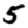
Digit: 5